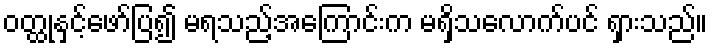
ဝတ္ထုနှင့်ဖော်ပြ၍ မရသည့်အကြောင်းက မရှိသလောက်ပင် ရှားသည်။